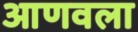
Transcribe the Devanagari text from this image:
आणवला